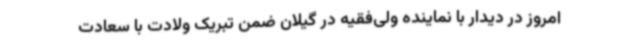
امروز در دیدار با نماینده ولی‌فقیه در گیلان ضمن تبریک ولادت با سعادت